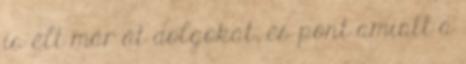
is élt már át dolgokat, és pont amiatt a